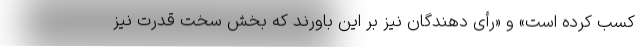
کّّسب کرده است» و «رأی دهندگان نیز بر این باورند که بخش سخت قدرت نیز